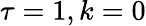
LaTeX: \tau=1,k=0